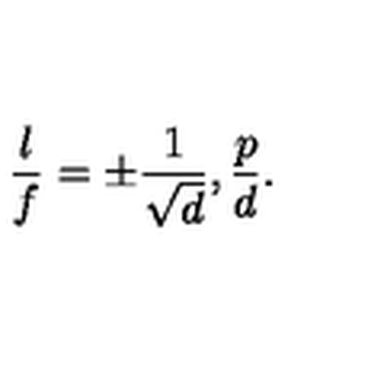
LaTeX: { \frac { l } { f } } = \pm { \frac { 1 } { \sqrt { d } } } , { \frac { p } { d } } .